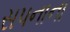
સપનાના